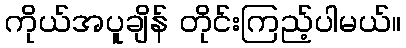
ကိုယ်အပူချိန် တိုင်းကြည့်ပါမယ်။